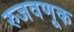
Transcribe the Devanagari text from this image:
रुजवणूक